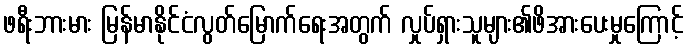
ဖရီးဘားမား မြန်မာနိုင်ငံလွတ်မြောက်ရေးအတွက် လှုပ်ရှားသူများ၏ဖိအားပေးမှုကြောင့်